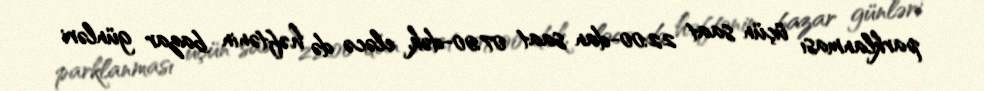
parklanması üçün saat 22:00-dan saat 07:00-dək, eləcə də həftənin bazar günləri